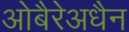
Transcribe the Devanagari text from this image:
ओबैरेअधैन